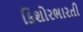
કિશોરભારતી